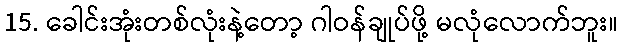
15. ခေါင်းအုံးတစ်လုံးနဲ့တော့ ဂါဝန်ချုပ်ဖို့ မလုံလောက်ဘူး။